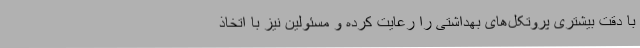
با دقت بیشتری پروتکل‌های بهداشتی را رعایت کرده و مسئولین نیز با اتخاذ